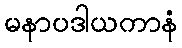
မနာပဒါယကာနံ